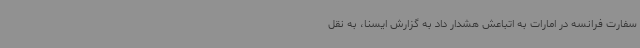
سفارت فرانسه در امارات به اتباعش هشدار داد به گزارش ایسنا، به نقل